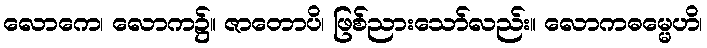
လောကေ၊ လောက၌။ ဇာတောပိ၊ ဖြစ်ညားသော်လည်း။ လောကဓမ္မေဟိ၊